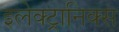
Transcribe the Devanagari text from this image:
इलेक्‍ट्रानिक्‍स